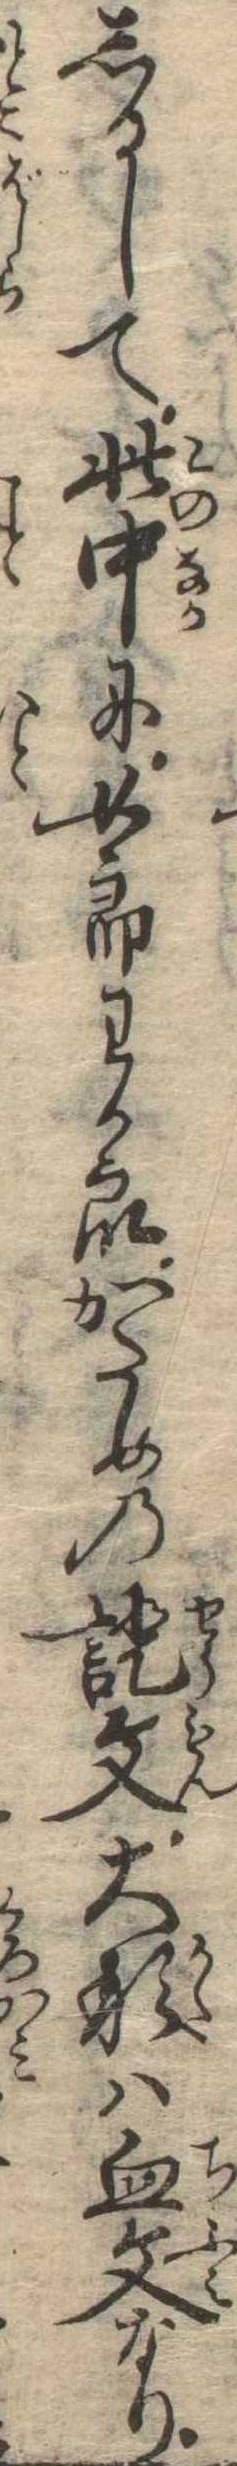
しるして此中に女郎わか衆かための証文大形は血文なり